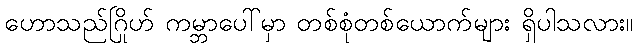
ဟောသည်ဂြိုဟ် ကမ္ဘာပေါ်မှာ တစ်စုံတစ်ယောက်များ ရှိပါသလား။